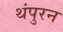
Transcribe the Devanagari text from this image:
थंपुरन